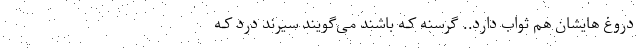
دروغ هایشان هم ثواب دارد.. گرسنه کـه باشند می‌گویند سیرند درد کـه